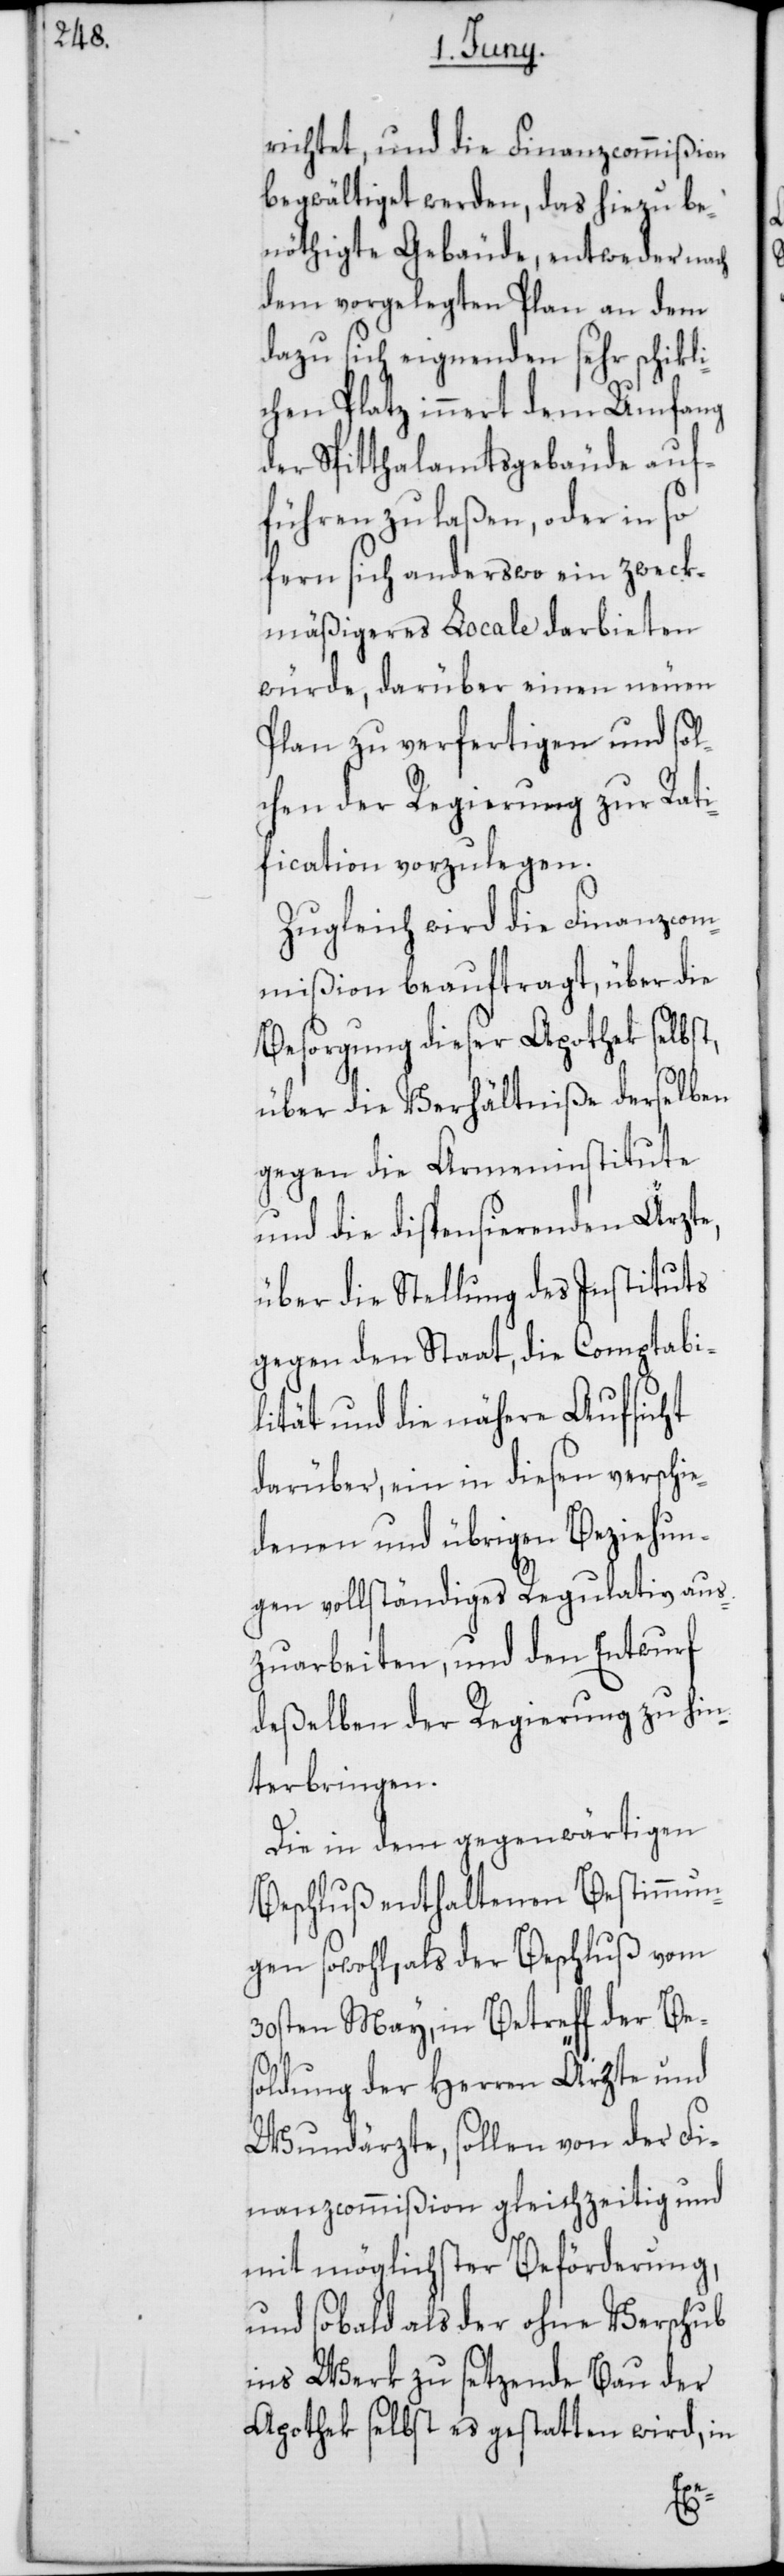
richtet, und die Finanzcommißion
begwältiget werden, das hiezu be¬
nöthigte Gebäude, entweder nach
dem vorgelegten Plan an dem
dazu sich eignenden sehr schikli¬
chen Platz innert dem Umfang
der Spitthalamtsgebäude auf¬
führen zu laßen, oder in so
fern sich anderswo ein zweck¬
mäßigeres Locale darbieten
würde, darüber einen neuen
Plan zu verfertigen und sol¬
chen der Regierung zur Rati¬
fication vorzulegen.
Zugleich wird die Finanzcom¬
mißion beauftragt, über die
Besorgung dieser Apothek selbst,
über die Verhältniße derselben
gegen die Armeninstitute
und die dispensierenden Ärzte,
über die Stellung des Instituts
gegen den Staat, die Comptabi¬
lität und die nähere Aufsicht
darüber, ein in diesen verschie¬
denen und übrigen Beziehun¬
gen vollständiges Regulativ aus¬
zuarbeiten, und den Entwurf
deßelben der Regierung zu hin¬
terbringen.
Die in dem gegenwärtigen
Beschluß enthaltenen Bestimmun¬
gen sowohl, als der Beschluß vom
30sten May, in Betreff der Be¬
soldung der Herren Ärzte und
Wundärzte, sollen von der Fi¬
nanzcommißion gleichzeitig und
mit möglichster Beförderung,
und sobald als der ohne Verschub
ins Werk zu setzende Bau der
Apothek selbst es gestatten wird, in